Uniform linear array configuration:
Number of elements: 24
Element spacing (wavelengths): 0.75
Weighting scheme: binomial
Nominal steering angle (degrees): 0
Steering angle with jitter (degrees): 0.2871
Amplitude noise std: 0.05
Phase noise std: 0.05

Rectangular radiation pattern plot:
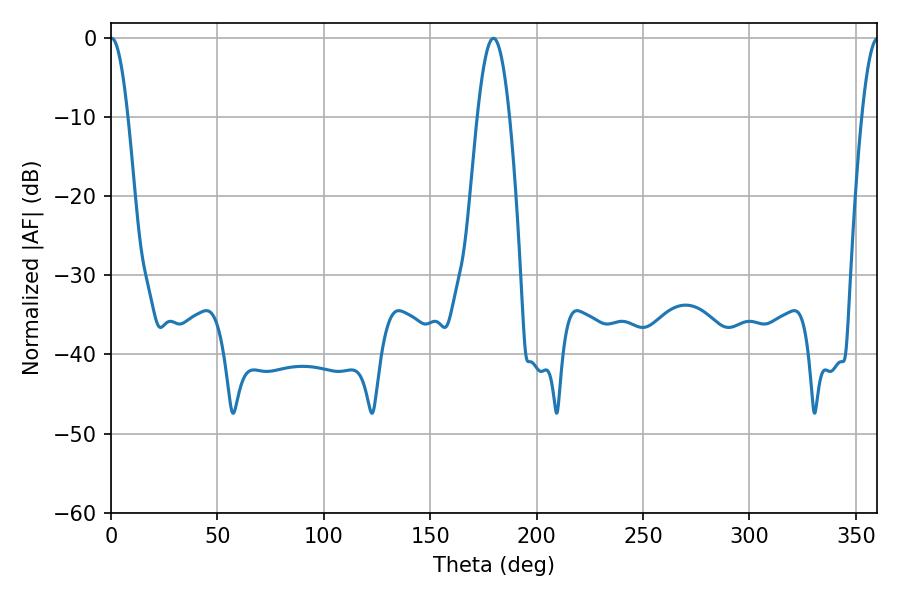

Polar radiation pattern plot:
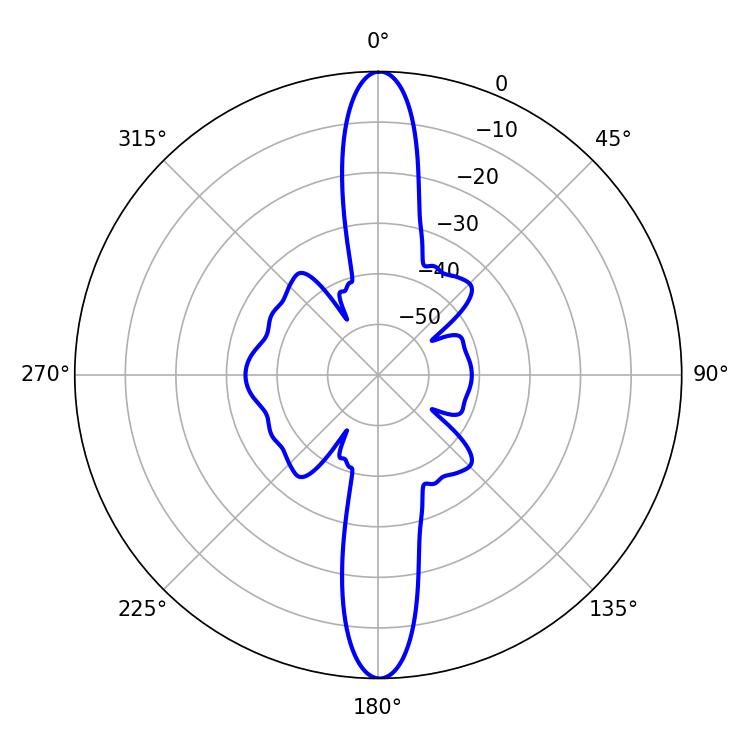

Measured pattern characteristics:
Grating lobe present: TRUE
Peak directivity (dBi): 30.853
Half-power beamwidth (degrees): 8.1
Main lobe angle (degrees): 179.64